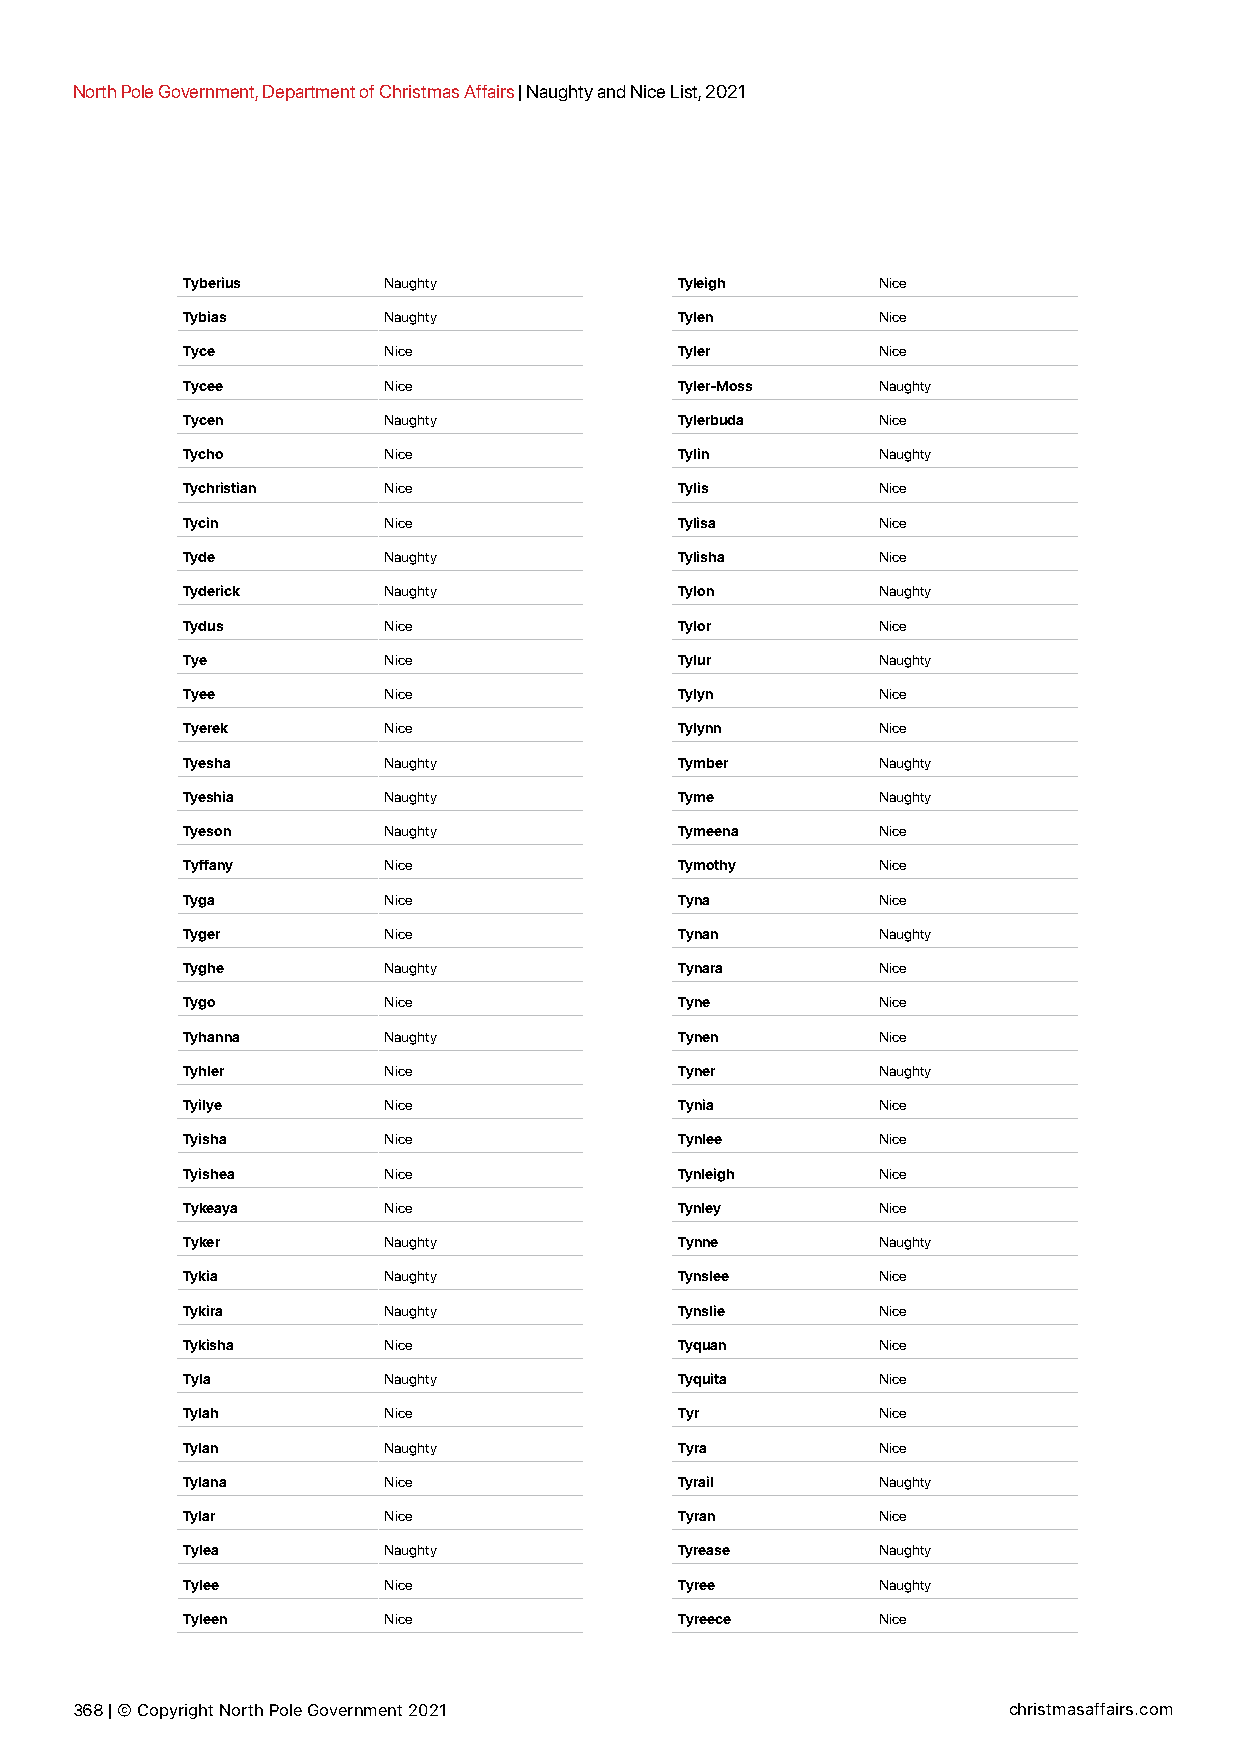
North Pole Government, Department of Christmas Affairs | Naughty and Nice List, 2021
 Tyberius     Naughty             Tyleigh      Nice
 Tybias       Naughty             Tylen        Nice
 Tyce         Nice                Tyler        Nice
 Tycee        Nice                Tyler-Moss   Naughty
 Tycen        Naughty             Tylerbuda    Nice
 Tycho        Nice                Tylin        Naughty
 Tychristian  Nice                Tylis        Nice
 Tycin        Nice                Tylisa       Nice
 Tyde         Naughty             Tylisha      Nice
 Tyderick     Naughty             Tylon        Naughty
 Tydus        Nice                Tylor        Nice
 Tye          Nice                Tylur        Naughty
 Tyee         Nice                Tylyn        Nice
 Tyerek       Nice                Tylynn       Nice
 Tyesha       Naughty             Tymber       Naughty
 Tyeshia      Naughty             Tyme         Naughty
 Tyeson       Naughty             Tymeena      Nice
 Tyffany      Nice                Tymothy      Nice
 Tyga         Nice                Tyna         Nice
 Tyger        Nice                Tynan        Naughty
 Tyghe        Naughty             Tynara       Nice
 Tygo         Nice                Tyne         Nice
 Tyhanna      Naughty             Tynen        Nice
 Tyhler       Nice                Tyner        Naughty
 Tyilye       Nice                Tynia        Nice
 Tyisha       Nice                Tynlee       Nice
 Tyishea      Nice                Tynleigh     Nice
 Tykeaya      Nice                Tynley       Nice
 Tyker        Naughty             Tynne        Naughty
 Tykia        Naughty             Tynslee      Nice
 Tykira       Naughty             Tynslie      Nice
 Tykisha      Nice                Tyquan       Nice
 Tyla         Naughty             Tyquita      Nice
 Tylah        Nice                Tyr          Nice
 Tylan        Naughty             Tyra         Nice
 Tylana       Nice                Tyrail       Naughty
 Tylar        Nice                Tyran        Nice
 Tylea        Naughty             Tyrease      Naughty
 Tylee        Nice                Tyree        Naughty
 Tyleen       Nice                Tyreece      Nice
 368 | © Copyright North Pole Government 2021                  christmasaffairs.com